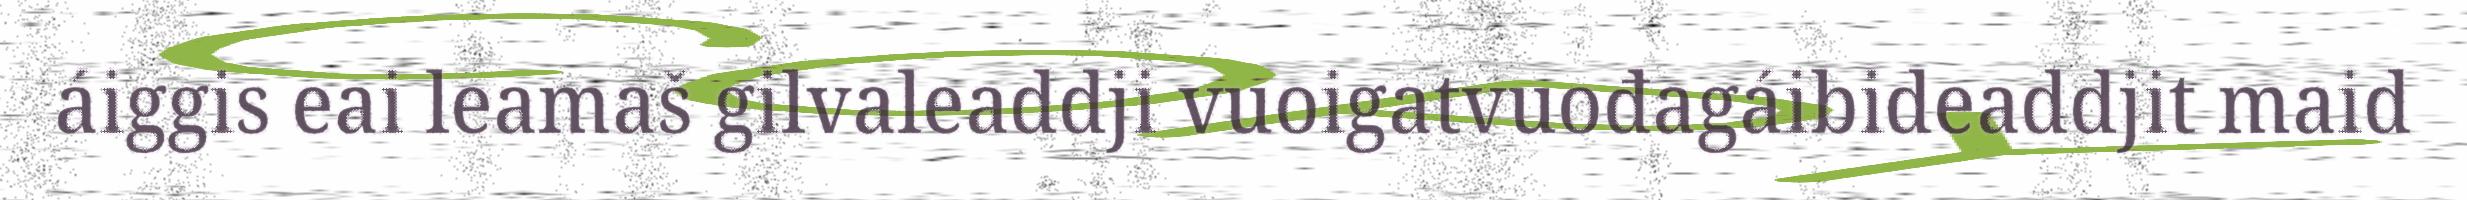
áiggis eai leamaš gilvaleaddji vuoigatvuođagáibideaddjit maid